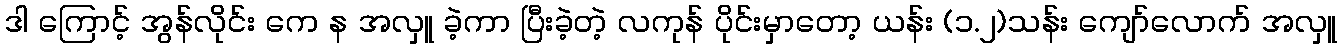
ဒါ ကြောင့် အွန်လိုင်း ကေ န အလှူ ခဲ့ကာ ပြီးခဲ့တဲ့ လကုန် ပိုင်းမှာတော့ ယန်း (၁.၂)သန်း ကျော်လောက် အလှူ